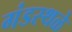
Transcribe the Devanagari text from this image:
गंडस्थळे